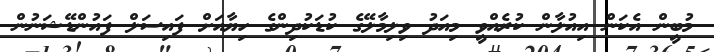
މުބީން އެކަން އިއުލާން ކުރެއްވީ މިއަދު ވިލިމާލޭގެ ކުޑަކުދިންގެ ހިޔާއަށް ފައިސަލް ފައުންޑޭޝަނުން